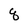
Character: q